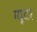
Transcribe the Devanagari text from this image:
ग्यूटर